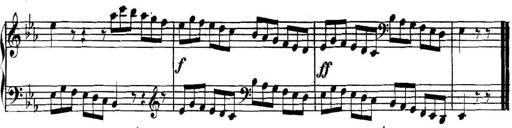
Title: Collected Piano Sonatas
Composer: Muzio Clementi